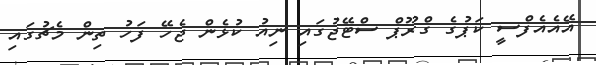
އޭއެއެފްސީ ކަޕުގެ ގްރޫޕް ސްޓޭޖުގައި ނިއު ކުޅެން ޖެހޭ ފަހު ތިން މެޗުގައި